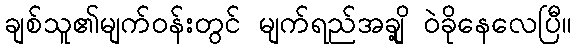
ချစ်သူ၏မျက်ဝန်းတွင် မျက်ရည်အချို့ ဝဲခိုနေလေပြီ။